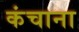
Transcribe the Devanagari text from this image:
कंचाना